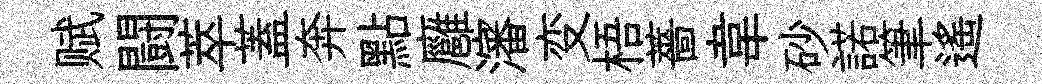
赋闘萃蓋奔點廱瀋变梧薔韋砂諾筆遥